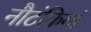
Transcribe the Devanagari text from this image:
नौटंकियां